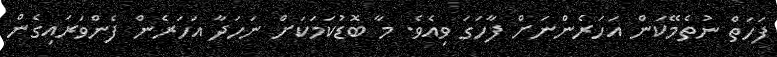
ފަހަތް ނުތެމޭކަން އަހަރެންނަށް ފާހަގަ ވިއެވެ. މާ ބޮޑުކަމަކަށް ނަހަދާ އަހަރެން ފެންވަރައިގެން